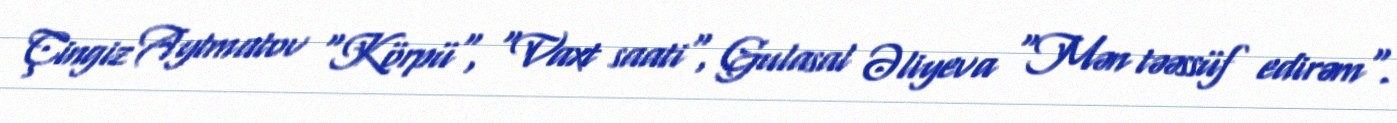
Çingiz Aytmatov "Körpü", "Vaxt saati", Gulasal Əliyeva "Mən təəssüf edirəm".